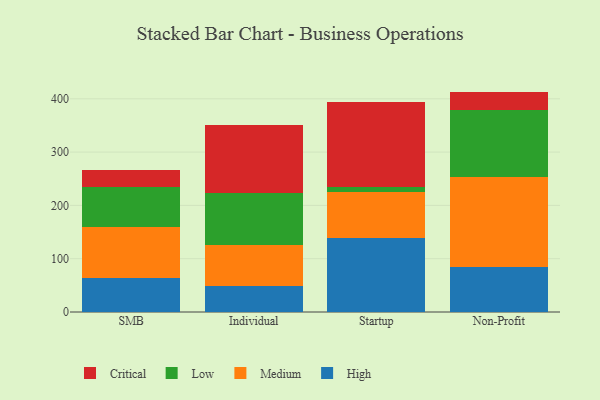
{"axis": {"x": "Segment", "y": "Conversion Rate (%)"}, "legend": ["Critical", "High", "Low", "Medium"], "data": [{"x": "SMB", "y": 64.6, "type": "High"}, {"x": "SMB", "y": 94.6, "type": "Medium"}, {"x": "SMB", "y": 75.4, "type": "Low"}, {"x": "SMB", "y": 31.3, "type": "Critical"}, {"x": "Individual", "y": 49.0, "type": "High"}, {"x": "Individual", "y": 77.4, "type": "Medium"}, {"x": "Individual", "y": 97.4, "type": "Low"}, {"x": "Individual", "y": 127.2, "type": "Critical"}, {"x": "Startup", "y": 138.6, "type": "High"}, {"x": "Startup", "y": 85.7, "type": "Medium"}, {"x": "Startup", "y": 10.1, "type": "Low"}, {"x": "Startup", "y": 159.0, "type": "Critical"}, {"x": "Non-Profit", "y": 85.3, "type": "High"}, {"x": "Non-Profit", "y": 168.1, "type": "Medium"}, {"x": "Non-Profit", "y": 125.8, "type": "Low"}, {"x": "Non-Profit", "y": 34.3, "type": "Critical"}]}